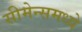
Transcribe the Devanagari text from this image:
सीमेन्समध्ये